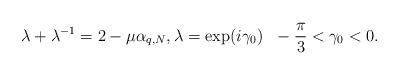
LaTeX: \begin{align*}\lambda+\lambda^{-1}=2-\mu \alpha_{q,N},\lambda=\exp(i\gamma_0)~~ -\frac{\pi}{3}<\gamma_0<0.\end{align*}